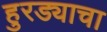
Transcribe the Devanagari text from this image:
हुरड्याचा